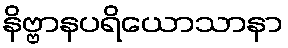
နိဗ္ဗာနပရိယောသာနာ